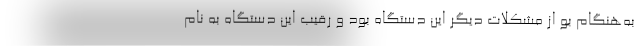
به‌هنگام بو از مشکلات دیگر این دستگاه بود و رقیب این دستگاه به نام